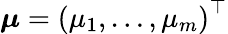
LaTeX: {\boldsymbol{\mu}}=\left(\mu_{1},\ldots,\mu_{m}\right)^{\top}